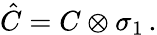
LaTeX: \hat{C}=C\otimes\sigma_{1}\, .